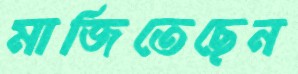
মাজিতেছেন